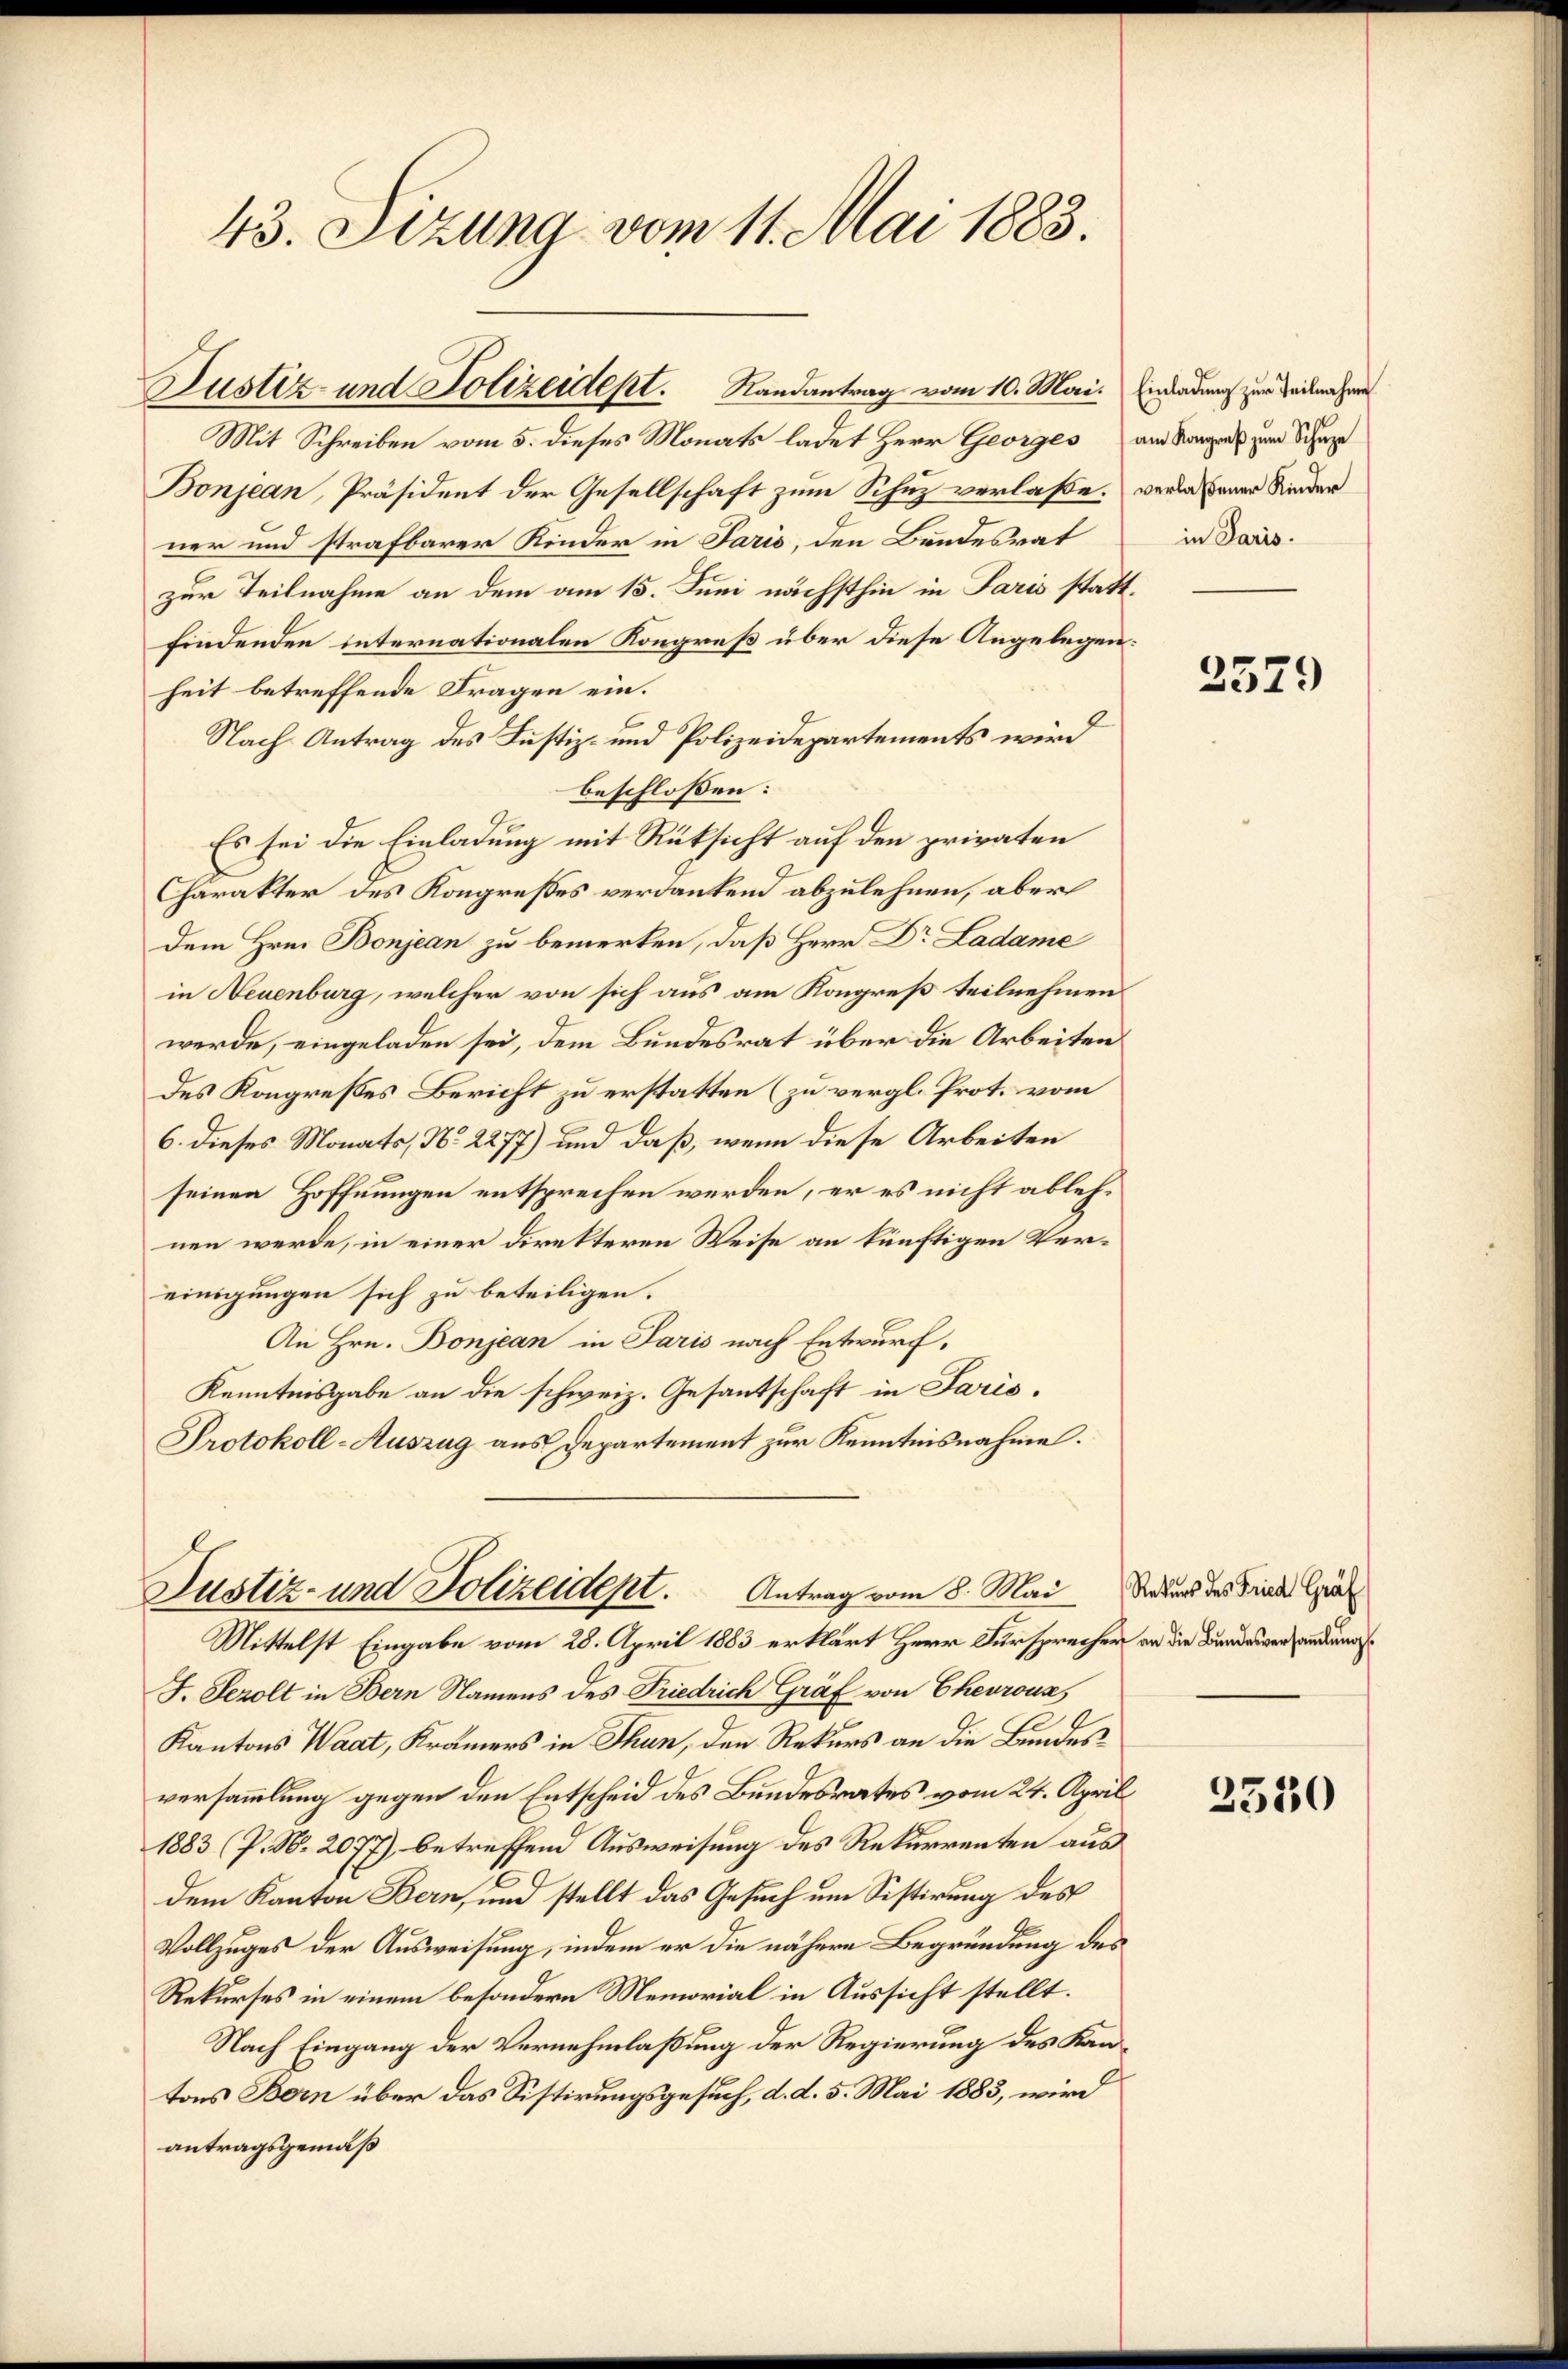
Mit Schreiben vom 5. dieses Monats ladet Herr Georges am Stangens zum Schup
Bonjean, Präsident der Gesellschaft zum Schuz verlaße. verlaßener Kinder
ner und strafbarer Kinder in Paris, den Bandesrat
zur Teilnahme an dem am 15. Juni nächsthin in Paris stattfindenden internationalen Kongreß über diese Angelegen.
heit betreffende Fragen ein.
Nach Antrag des Justiz- und Polizeidepartements wird
beschlossen:
Es sei die Einladung mit Rüksicht auf den privaten
Charakter des Kongresses verdankend abzulehnen, aber
dem Hrn. Bonjean zu bemerken, daß Herr Dr Ladame
in Neuenburg, welcher von sich aus am Kongreß teilnehmen
werde, eingeladen sei, dem Bundesrat über die Arbeiten
Des Kongreßes Bericht zu erstatten (zu vergl. Prot. vom
6. dieses Monats, No 2277) und daß, wenn diese Arbeiten
seinen Hoffnungen entsprechen werden, er es nicht ablehnen werde, in einer direkteren Weise an künftigen Vereinigungen sich zu beteiligen.
An Hrn. Bonjean in Paris nach Entwurf,
Kenntnisgabe an die schweiz. Gesantschaft in Paris.
Protokoll-Auszug aus Departement zur Kenntnisnahme.

43. Sizung vom 11. Mai 1883.

Justiz- und Polizeidept. Randantrag vom 10. Mai. Einrad zur Teilnahme

Justiz- und Polizeident. Antrag vom 8. Mai der der Finde Gr
Mittelst Eingabe vom 28. April 1883 erklärt Herr Fürsprecher an die Bundesverwendungs¬

F. Serolt in Bern Namens des Friedrich Gräf von Chevrous
Kantons Waat, Krämers in Thun, den Rekurs an die Bundes
versammlung gegen den Entscheid des Bundesrates vom 24. April
1883 (P. N. 2077) betreffend Ausweisung des Rekurrenten aus
dem Kanton Bern, und stellt das Gesuch um Sistirung des
Vollzuges der Ausweisung, indem er die nähere Begründung des
Rekurses in einem besondern Memorial in Aussicht stellt.
Nach Eingang der Vernehmlaßung der Regierung des Kantons Bern über das Sistirungsgesuch, d. d. 5. Mai 1883, wird
antragsgemäß

in Paris.

2579

2530